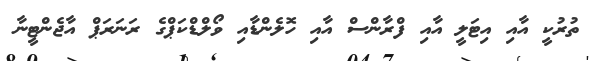
ތުރުކީ އާއި އިޓަލީ އާއި ފްރާންސް އާއި ހޮލެންޑާއި ވޯލްޑްކަޕްގެ ރަނަރަޕް އާޖެންޓީނާ